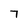
Character: 7